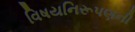
વિષયનિરૂપણની